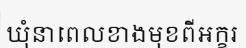
ឃុំនាពេលខាងមុខពីអក្ខរ